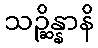
သဉ္ဆိန္နာနိ